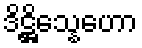
ဒိဋ္ဌိသ္နေဟော